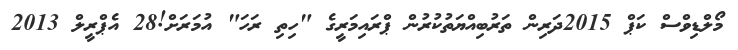
މޯލްޑިވްސް ކަޕް 2015ދަރިން ތަރުބިއްޔަތުކުރުން ޕްރައިމަރީގެ "ހިތި ރަހަ" އުމަރަށް!28 އެޕްރީލް 2013